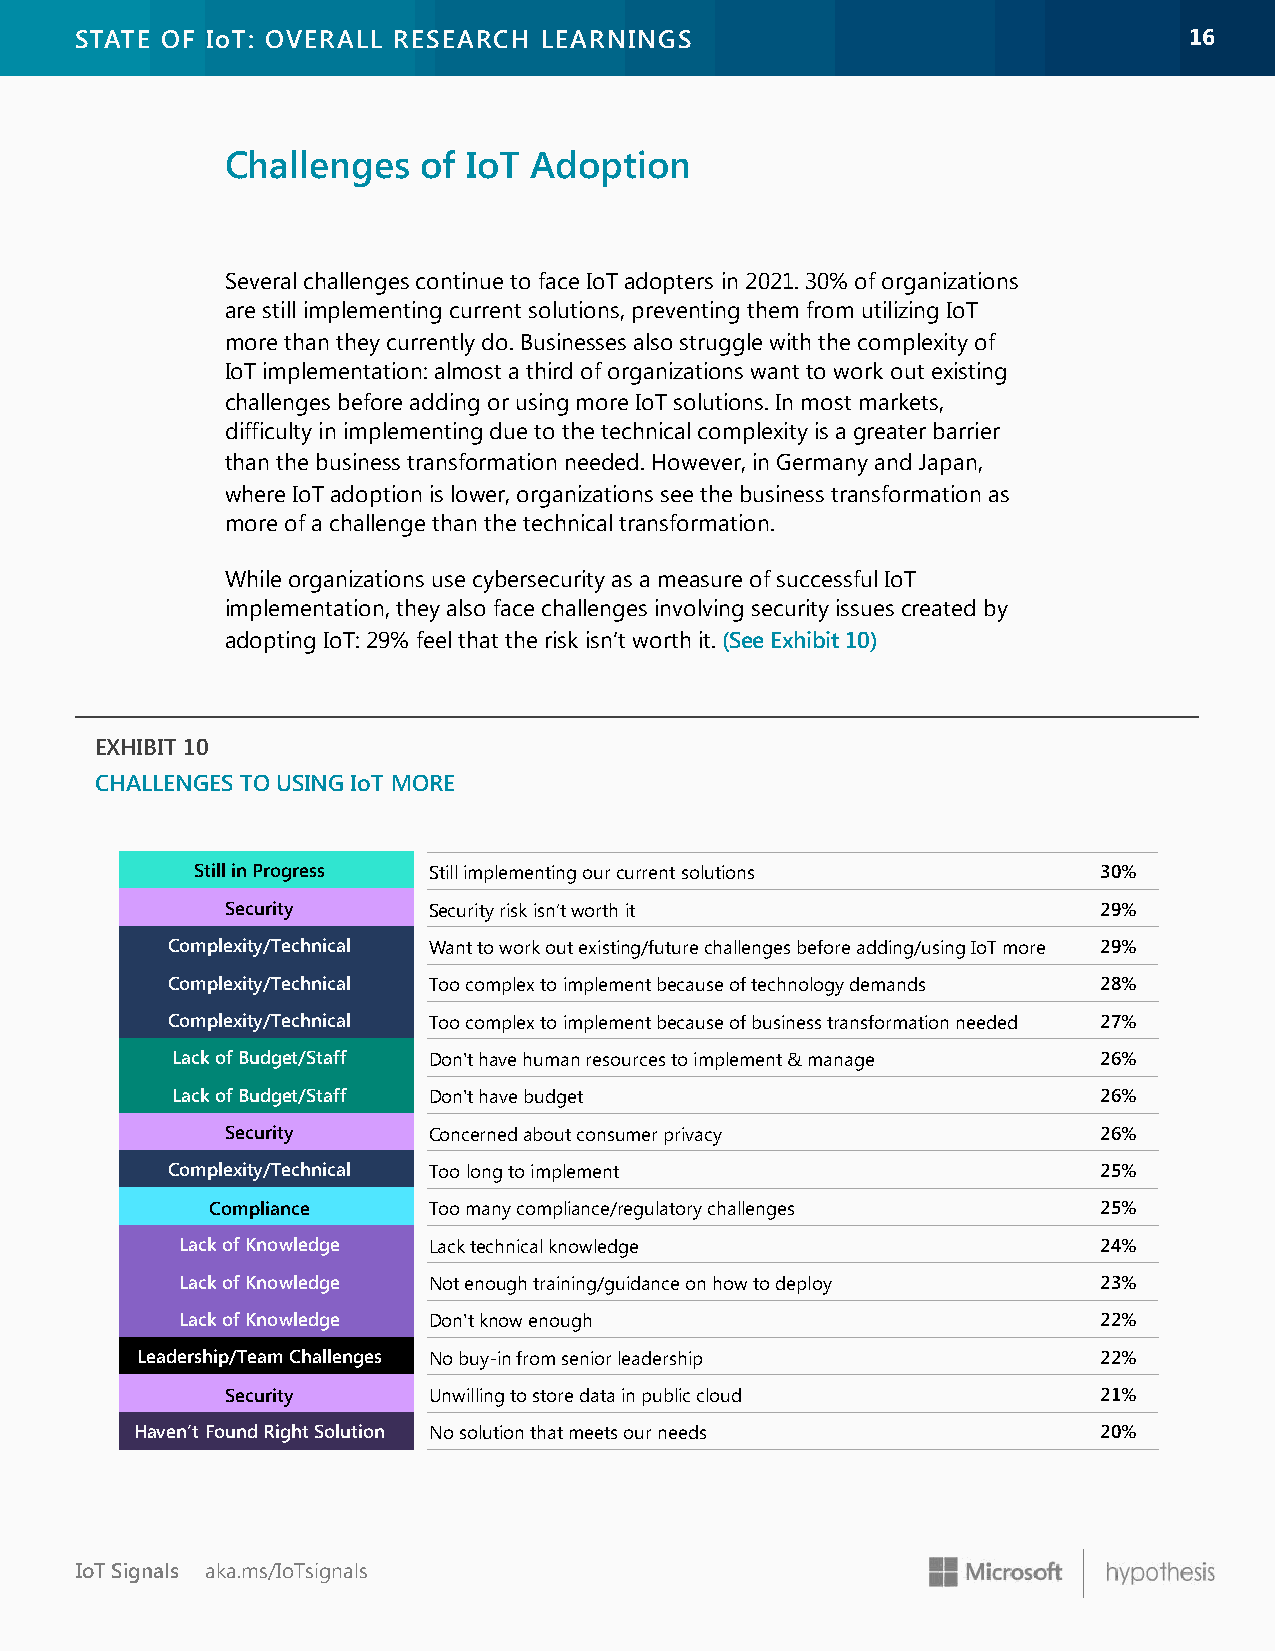
STATE OF IoT: OVERALL RESEARCH LEARNINGS                                  1166
 Challenges   of IoT Adoption
 Several challenges continue to face IoT adopters in 2021. 30% of organizations
 are still implementing current solutions, preventing them from utilizing IoT
 more than they currently do. Businesses also struggle with the complexity of
 IoT implementation: almost a third of organizations want to work out existing
 challenges before adding or using more IoT solutions. In most markets,
 difficulty in implementing due to the technical complexity is a greater barrier
 than the business transformation needed. However, in Germany and Japan,
 where IoT adoption is lower, organizations see the business transformation as
 more of a challenge than the technical transformation.
 While organizations use cybersecurity as a measure of successful IoT
 implementation, they also face challenges involving security issues created by
 adopting IoT: 29% feel that the risk isn’t worth it. (See Exhibit 10)
 EXHIBIT 10
 CHALLENGES TO USING IoT MORE
 Still in Progress Still implementing our current solutions  30%
 Security     Security risk isn’t worth it                 29%
 Complexity/Technical Want to work out existing/future challenges before adding/using IoT more 29%
 Complexity/Technical Too complex to implement because of technology demands 28%
 Complexity/Technical Too complex to implement because of business transformation needed 27%
 Lack of Budget/Staff Don't have human resources to implement & manage 26%
 Lack of Budget/Staff Don't have budget                        26%
 Security     Concerned about consumer privacy             26%
 Complexity/Technical Too long to implement                    25%
 Compliance    Too many compliance/regulatory challenges    25%
 Lack of Knowledge Lack technical knowledge                   24%
 Lack of Knowledge Not enough training/guidance on how to deploy 23%
 Lack of Knowledge Don't know enough                          22%
 Leadership/Team Challenges No buy-in from senior leadership     22%
 Security     Unwilling to store data in public cloud      21%
 Haven’t Found Right Solution No solution that meets our needs   20%
 IoT Signals aka.ms/IoTsignals